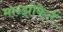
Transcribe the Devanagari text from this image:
मान्झीकेर्त